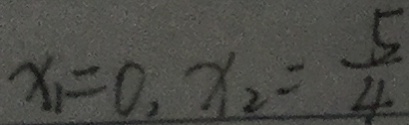
x _ { 1 } = 0 , x _ { 2 } = \frac { 5 } { 4 }